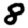
Digit: 8